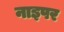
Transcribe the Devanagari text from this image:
नाइपर